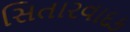
સિતારવાદક